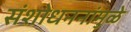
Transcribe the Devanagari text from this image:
संशोधननांमुळे